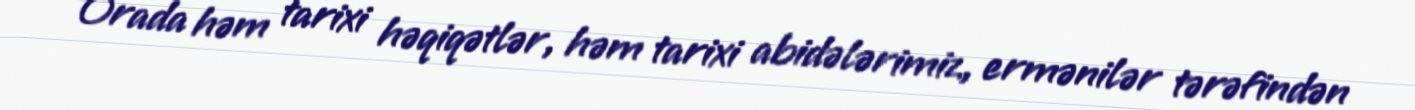
Orada həm tarixi həqiqətlər, həm tarixi abidələrimiz, ermənilər tərəfindən